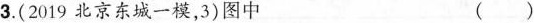
3.(2019北京东城一模，3)图中 ()